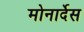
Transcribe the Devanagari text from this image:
मोनार्देस